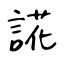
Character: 誮